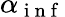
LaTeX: \alpha_{\mathrm{~i~n~f~}}